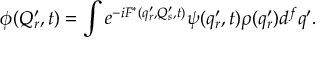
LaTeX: \phi ( Q _ { r } ^ { \prime } , t ) = \int e ^ { - i F ^ { * } ( q _ { r } ^ { \prime } , Q _ { s } ^ { \prime } , t ) } \psi ( q _ { r } ^ { \prime } , t ) \rho ( q _ { r } ^ { \prime } ) d ^ { f } q ^ { \prime } .